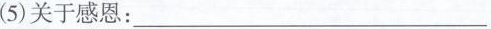
(5)关于感恩：___